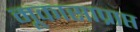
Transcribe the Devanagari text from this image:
मूकासाप्राप्त